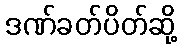
ဒဏ်ခတ်ပိတ်ဆို့